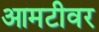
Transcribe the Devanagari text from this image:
आमटीवर